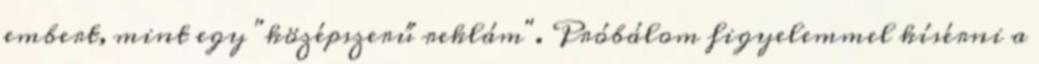
embert, mint egy "középszerű reklám". Próbálom figyelemmel kísérni a